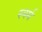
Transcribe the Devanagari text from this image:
स्वर्म